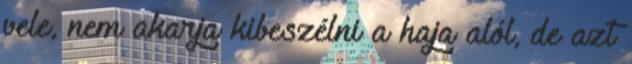
vele, nem akarja kibeszélni a haja alól, de azt